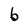
Character: 6